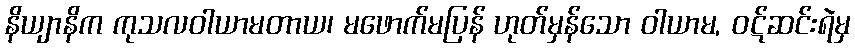
နိယျာနိက ကုသလဝါယာမတာယ၊ မဖောက်မပြန် ဟုတ်မှန်သော ဝါယာမ, ဝဋ်ဆင်းရဲမှ